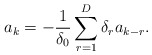
\begin{align*} a_k = -\frac{1}{\delta_0} \sum_{r=1}^D\delta_r a_{k-r}.\end{align*}